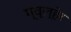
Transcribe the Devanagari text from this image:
ग्व्ल्हेर